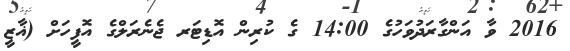
2016 ވާ އަންގާރަދުވަހުގެ 14:00 ގެ ކުރިން އޮޑިޓަރ ޖެނެރަލްގެ އޮފީހަށް (ޣާޒީ